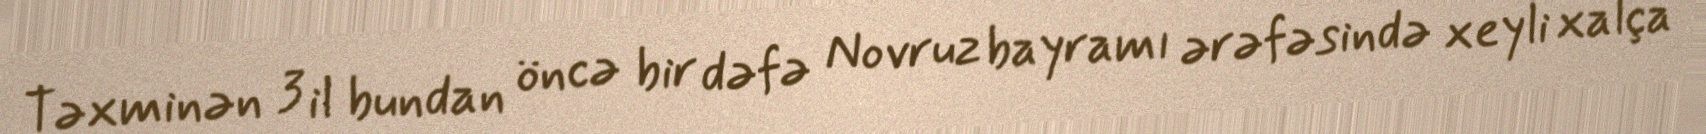
Təxminən 3 il bundan öncə bir dəfə Novruz bayramı ərəfəsində xeyli xalça